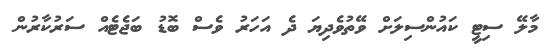
މާލޭ ސިޓީ ކައުންސިލަށް ވޭތުވެދިޔަ ދެ އަހަރު ވެސް ބޮޑު ބަޖެޓެއް ސަރުކާރުން